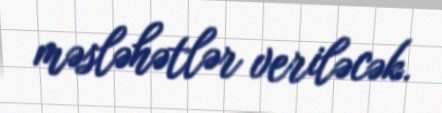
məsləhətlər veriləcək.